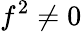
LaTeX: f^{2}\neq 0